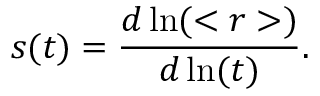
s ( t ) = \frac { d \ln ( < r > ) } { d \ln ( t ) } .